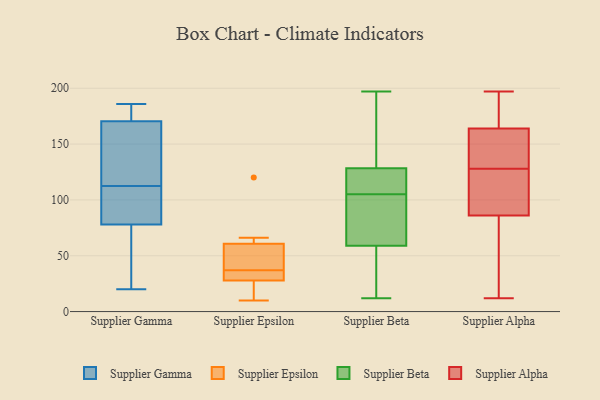
{"axis": {"x": "Budget (USD K)", "y": "Value"}, "legend": ["Supplier Alpha", "Supplier Beta", "Supplier Epsilon", "Supplier Gamma"], "data": [{"x": "", "y": 174, "type": "Supplier Gamma"}, {"x": "", "y": 186, "type": "Supplier Gamma"}, {"x": "", "y": 167, "type": "Supplier Gamma"}, {"x": "", "y": 159, "type": "Supplier Gamma"}, {"x": "", "y": 38, "type": "Supplier Gamma"}, {"x": "", "y": 20, "type": "Supplier Gamma"}, {"x": "", "y": 114, "type": "Supplier Gamma"}, {"x": "", "y": 62, "type": "Supplier Gamma"}, {"x": "", "y": 94, "type": "Supplier Gamma"}, {"x": "", "y": 103, "type": "Supplier Gamma"}, {"x": "", "y": 174, "type": "Supplier Gamma"}, {"x": "", "y": 111, "type": "Supplier Gamma"}, {"x": "", "y": 60, "type": "Supplier Epsilon"}, {"x": "", "y": 56, "type": "Supplier Epsilon"}, {"x": "", "y": 16, "type": "Supplier Epsilon"}, {"x": "", "y": 27, "type": "Supplier Epsilon"}, {"x": "", "y": 58, "type": "Supplier Epsilon"}, {"x": "", "y": 10, "type": "Supplier Epsilon"}, {"x": "", "y": 66, "type": "Supplier Epsilon"}, {"x": "", "y": 37, "type": "Supplier Epsilon"}, {"x": "", "y": 36, "type": "Supplier Epsilon"}, {"x": "", "y": 62, "type": "Supplier Epsilon"}, {"x": "", "y": 19, "type": "Supplier Epsilon"}, {"x": "", "y": 61, "type": "Supplier Epsilon"}, {"x": "", "y": 120, "type": "Supplier Epsilon"}, {"x": "", "y": 31, "type": "Supplier Epsilon"}, {"x": "", "y": 30, "type": "Supplier Epsilon"}, {"x": "", "y": 71, "type": "Supplier Beta"}, {"x": "", "y": 197, "type": "Supplier Beta"}, {"x": "", "y": 122, "type": "Supplier Beta"}, {"x": "", "y": 12, "type": "Supplier Beta"}, {"x": "", "y": 58, "type": "Supplier Beta"}, {"x": "", "y": 130, "type": "Supplier Beta"}, {"x": "", "y": 157, "type": "Supplier Beta"}, {"x": "", "y": 53, "type": "Supplier Beta"}, {"x": "", "y": 105, "type": "Supplier Beta"}, {"x": "", "y": 123, "type": "Supplier Beta"}, {"x": "", "y": 72, "type": "Supplier Beta"}, {"x": "", "y": 106, "type": "Supplier Beta"}, {"x": "", "y": 113, "type": "Supplier Beta"}, {"x": "", "y": 141, "type": "Supplier Beta"}, {"x": "", "y": 81, "type": "Supplier Beta"}, {"x": "", "y": 131, "type": "Supplier Beta"}, {"x": "", "y": 51, "type": "Supplier Beta"}, {"x": "", "y": 62, "type": "Supplier Beta"}, {"x": "", "y": 43, "type": "Supplier Beta"}, {"x": "", "y": 82, "type": "Supplier Alpha"}, {"x": "", "y": 134, "type": "Supplier Alpha"}, {"x": "", "y": 108, "type": "Supplier Alpha"}, {"x": "", "y": 189, "type": "Supplier Alpha"}, {"x": "", "y": 175, "type": "Supplier Alpha"}, {"x": "", "y": 22, "type": "Supplier Alpha"}, {"x": "", "y": 131, "type": "Supplier Alpha"}, {"x": "", "y": 125, "type": "Supplier Alpha"}, {"x": "", "y": 164, "type": "Supplier Alpha"}, {"x": "", "y": 102, "type": "Supplier Alpha"}, {"x": "", "y": 85, "type": "Supplier Alpha"}, {"x": "", "y": 162, "type": "Supplier Alpha"}, {"x": "", "y": 118, "type": "Supplier Alpha"}, {"x": "", "y": 86, "type": "Supplier Alpha"}, {"x": "", "y": 183, "type": "Supplier Alpha"}, {"x": "", "y": 159, "type": "Supplier Alpha"}, {"x": "", "y": 12, "type": "Supplier Alpha"}, {"x": "", "y": 197, "type": "Supplier Alpha"}]}